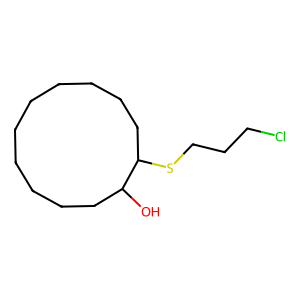
SMILES: OC1CCCCCCCCCCC1SCCCCl
Inhibits HIV replication: No